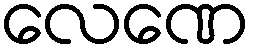
လေဏေ